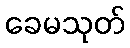
ခေမသုတ်